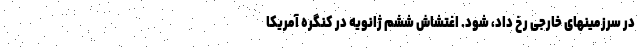
در سرزمینهای خارجی رخ داد، شود. اغتشاش ششم ژانویه در کنگره آمریکا